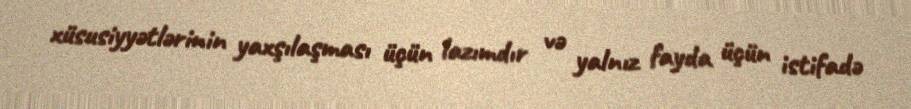
xüsusiyyətlərinin yaxşılaşması üçün lazımdır və yalnız fayda üçün istifadə